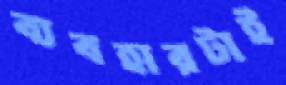
ব্যবহারটাই